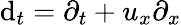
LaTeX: \mathrm{d}_{t}=\partial_{t}+u_{x}\partial_{x}